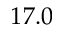
1 7 . 0